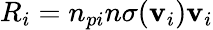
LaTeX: R_{i}=n_{pi}n\sigma(\mathbf{v}_{i})\mathbf{v}_{i}